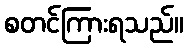
စတင်ကြားရသည်။